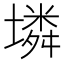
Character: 𡑝